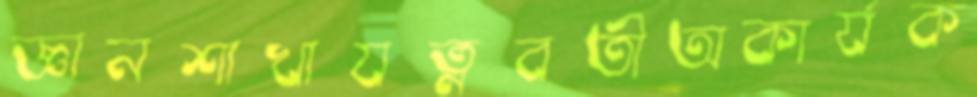
জ্ঞানশাখাযত্নবতীঅকার্যক